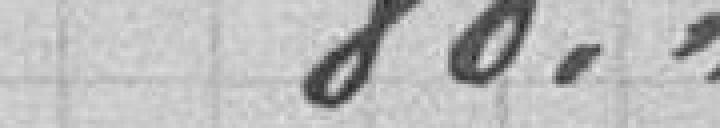
80."